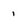
Character: 1